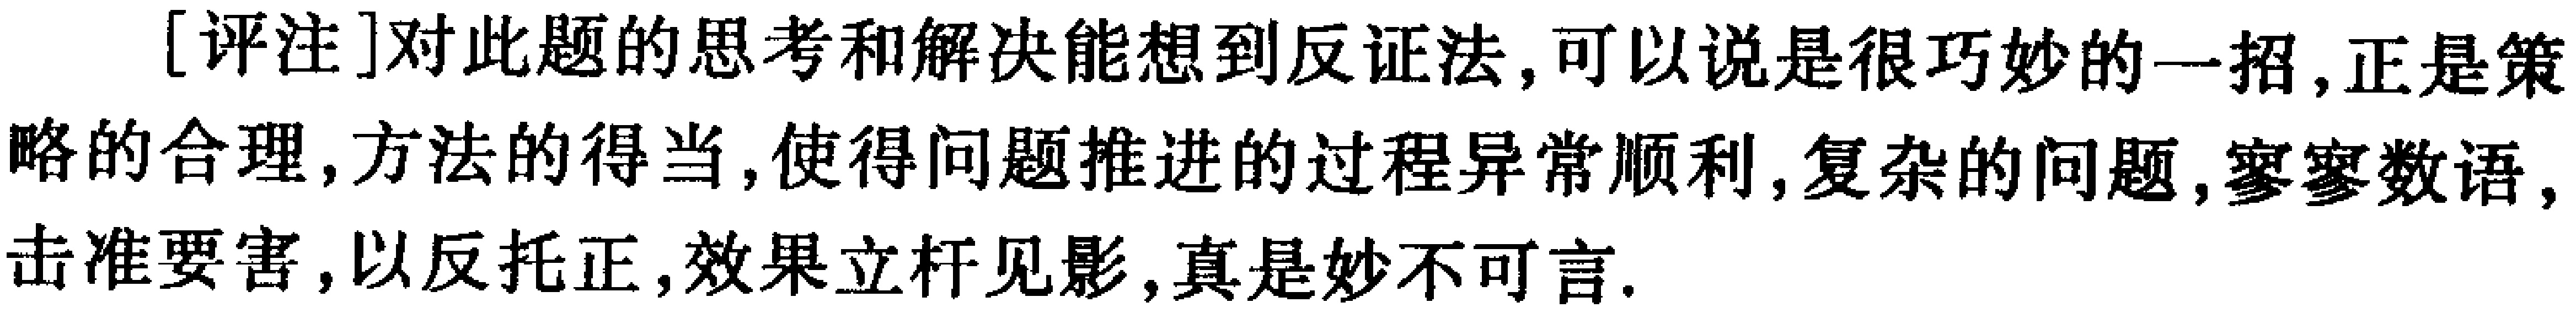
[评注]对此题的思考和解决能想到反证法，可以说是很巧妙的一招，正是策略的合理，方法的得当，使得问题推进的过程异常顺利，复杂的问题，寥寥数语，击准要害，以反托正，效果立杆见影，真是妙不可言.